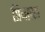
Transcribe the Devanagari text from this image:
प्रियब्रहा